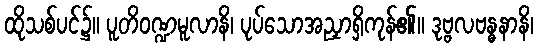
ထိုသစ်ပင်၌။ ပူတိဝဏ္ဍမူလာနိ၊ ပုပ်သောအညှာရှိကုန်၏။ ဒုဗ္ဗလဗန္ဓနာနိ၊